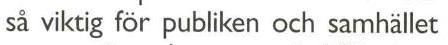
så viktig för publiken och samhället